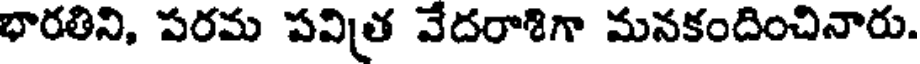
భారతిని, పరమ పవిత్ర వేదరాశిగా మనకందించినారు.